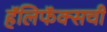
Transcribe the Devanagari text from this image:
हॅलिफॅक्सची